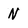
Character: N